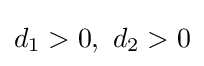
d_{1}>0,\ d_{2}>0